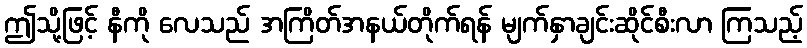
ဤသို့ဖြင့် နီကို လေသည် အကြိတ်အနယ်တိုက်ရန် မျက်နှာချင်းဆိုင်စီးလာ ကြသည့်